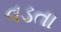
વડતા